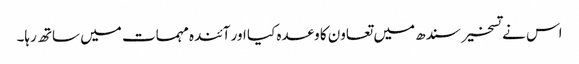
اس نے تسخیر سندھ میں تعاون کا وعدہ کیا اور آئندہ مہمات میں ساتھ رہا۔